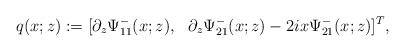
\begin{align*}q(x;z):= [ \partial_z \Psi^-_{11} (x;z), \ \ \partial_z \Psi^-_{21}(x;z)-2 i x \Psi^-_{21}(x;z)]^T,\end{align*}